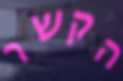
הקשר